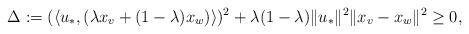
LaTeX: \begin{align*} &\Delta:=(\langle u_*, (\lambda x_v + (1-\lambda)x_w)\rangle)^2+\lambda(1-\lambda)\|u_*\|^2\|x_v-x_w\|^2\ge0,\\\end{align*}